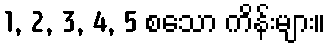
1, 2, 3, 4, 5 စသော ကိန်းများ။